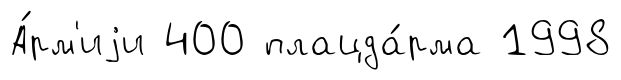
А́рм'иjи 400 плацда́рма 1998